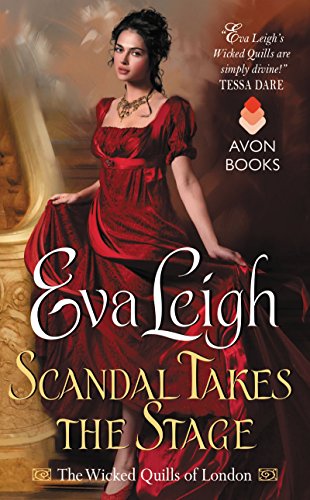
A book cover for Scandal Takes the Stage: The Wicked Quills of London; Eva Leigh; Romance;